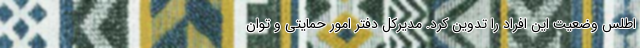
اطلس وضعیت این افراد را تدوین کرد. مدیرکل دفتر امور حمایتی و توان